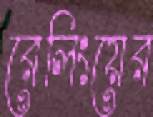
রেলিংয়ের